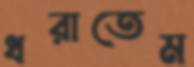
ধরাতেম